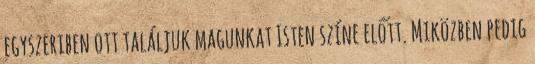
egyszeriben ott találjuk magunkat Isten színe előtt. Miközben pedig